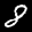
Label: 8